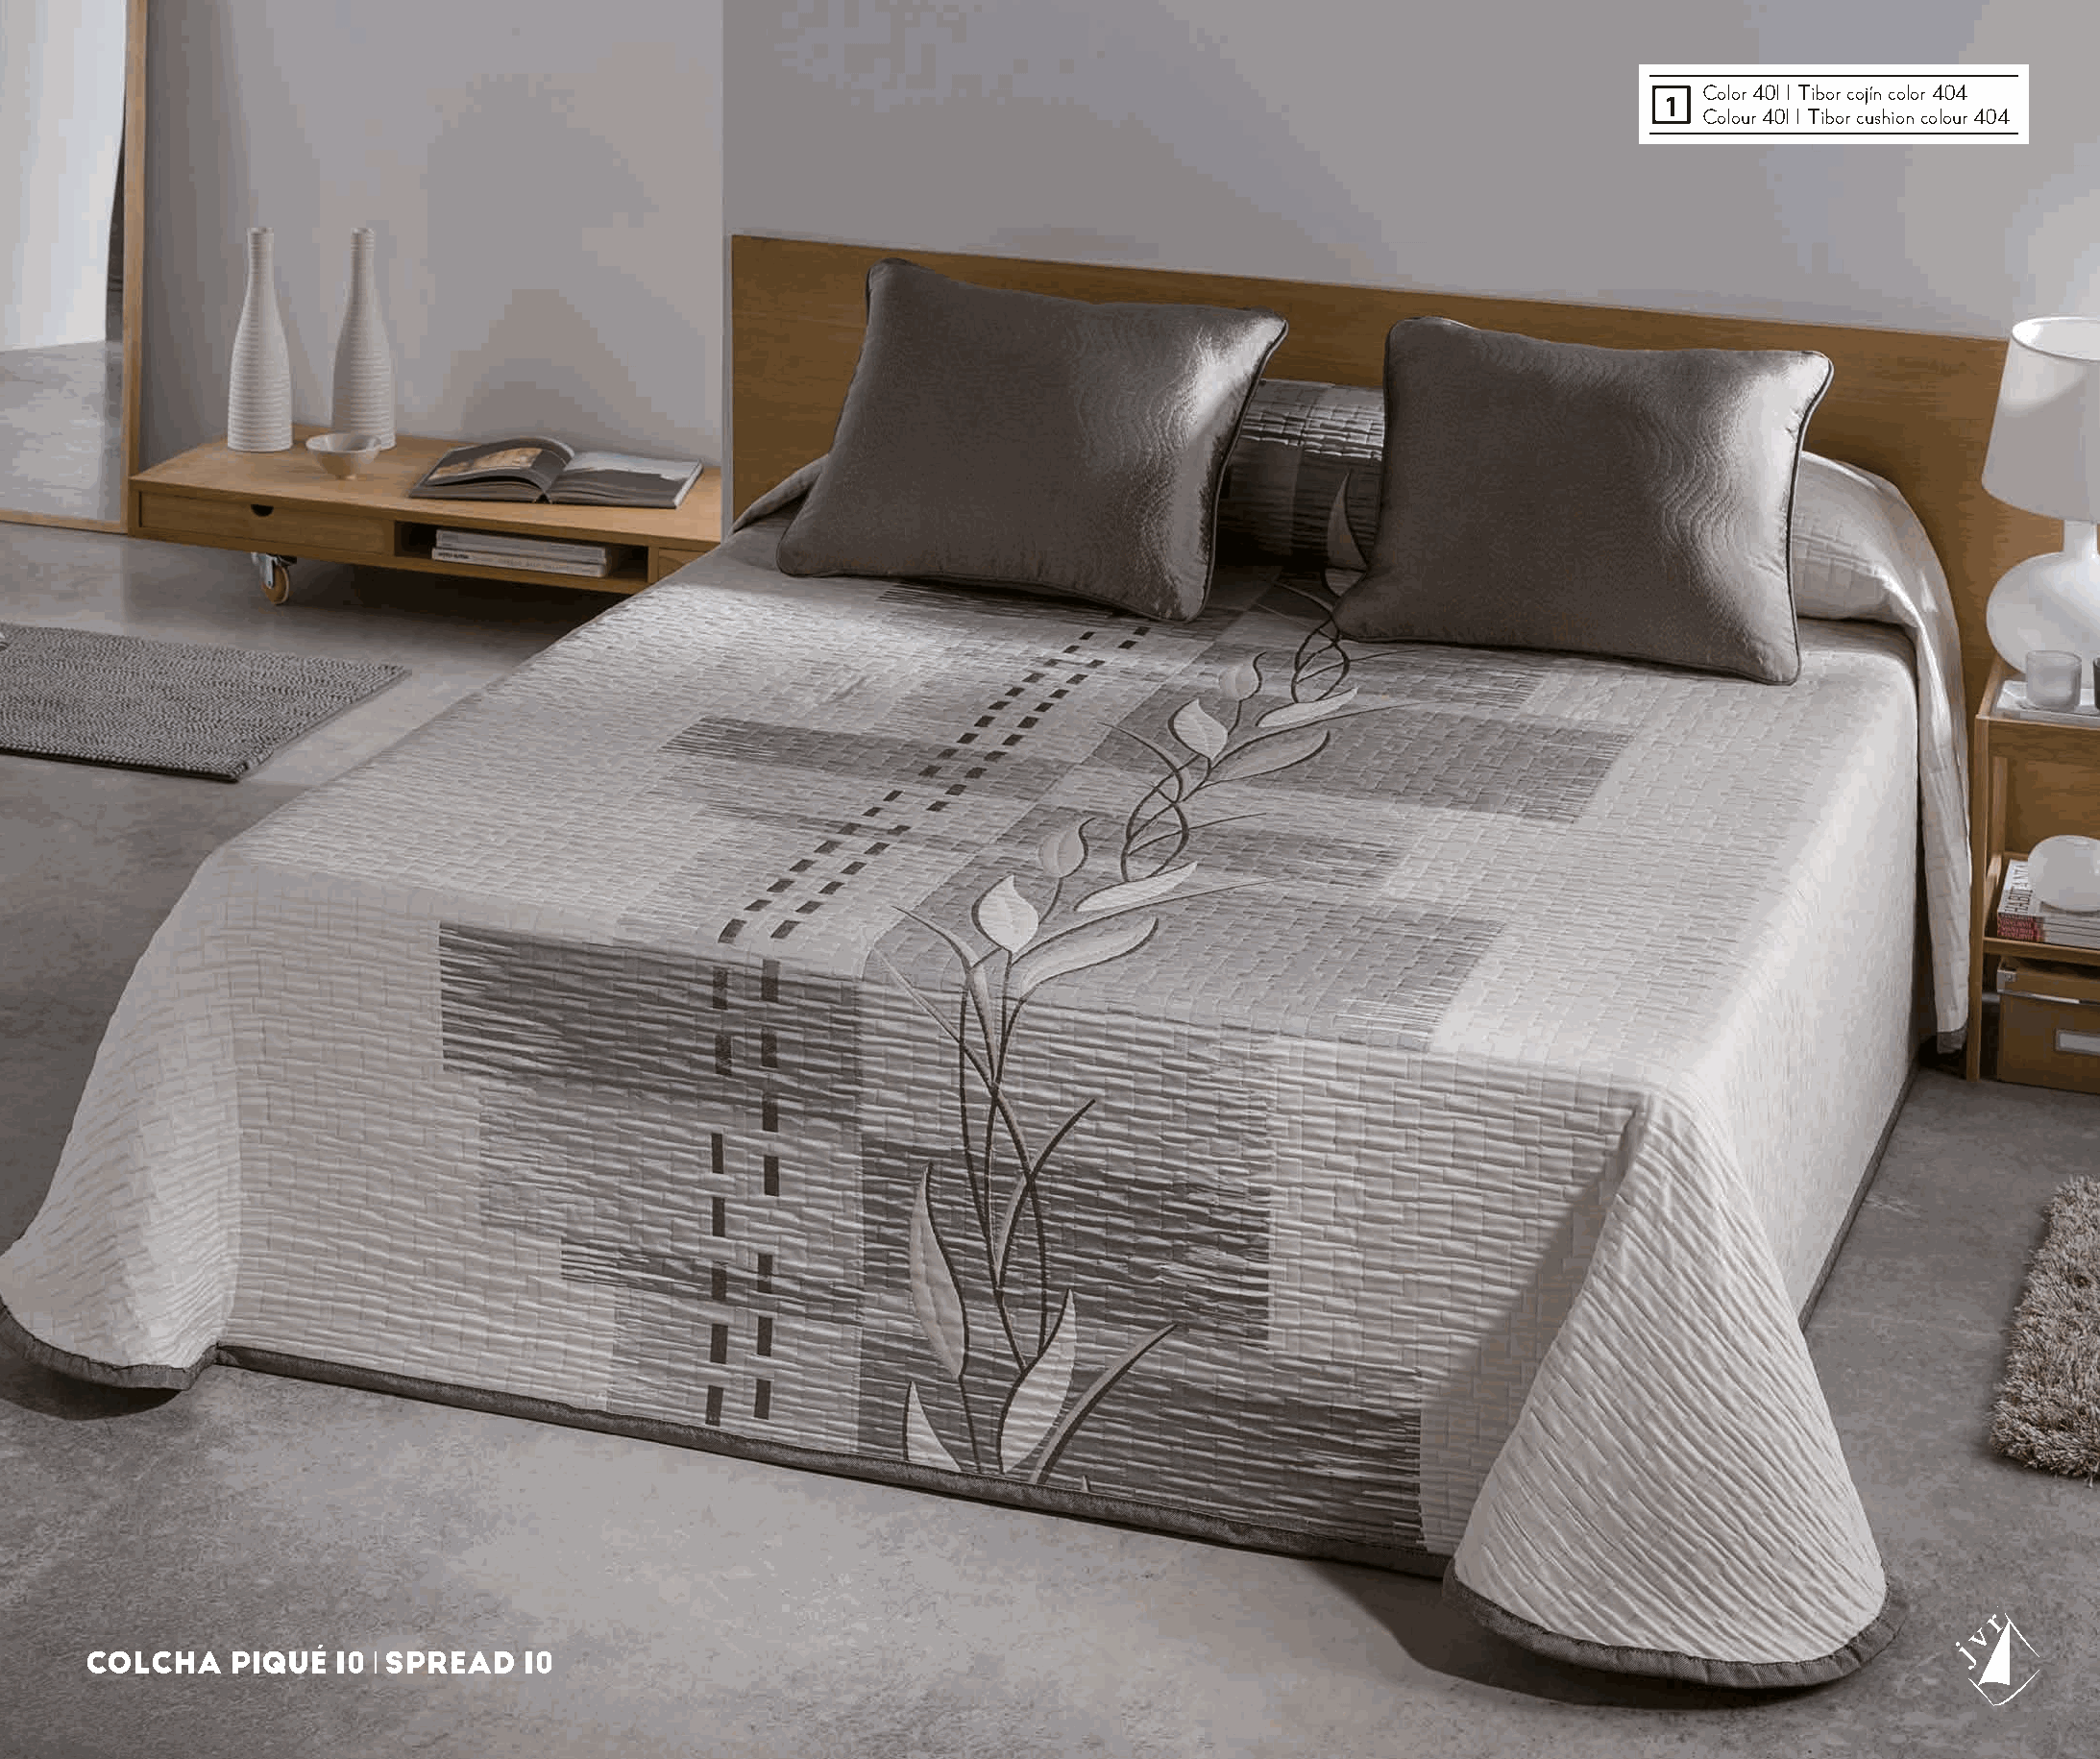
Color 401 I Tibor cojín color 404
 1
 Colour 401 I Tibor cushion colour 404
 COLCHA    PIQUÉ  10 l SPREAD  10